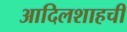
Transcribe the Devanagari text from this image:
आदिलशाहची